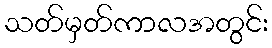
သတ်မှတ်ကာလအတွင်း